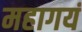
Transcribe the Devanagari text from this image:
महागयं